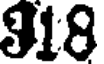
318